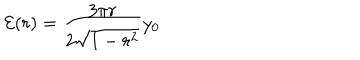
{ \cal E } ( r ) = \frac { 3 \pi r } { 2 \sqrt { 1 - r ^ { 2 } } } y _ { 0 }